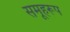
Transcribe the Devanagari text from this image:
समूहरूप